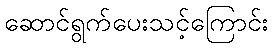
ဆောင်ရွက်ပေးသင့်ကြောင်း